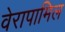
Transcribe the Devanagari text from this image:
वेरापामिल